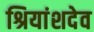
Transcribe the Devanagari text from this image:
श्रियांशदेव